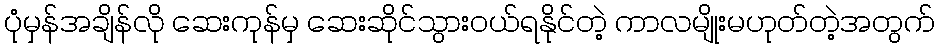
ပုံမှန်အချိန်လို ဆေးကုန်မှ ဆေးဆိုင်သွားဝယ်ရနိုင်တဲ့ ကာလမျိုးမဟုတ်တဲ့အတွက်